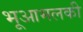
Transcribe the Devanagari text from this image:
भूआमलकी